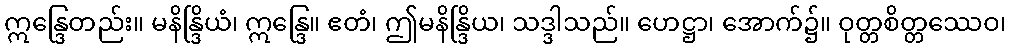
ဣန္ဒြေတည်း။ မနိန္ဒြိယံ၊ ဣန္ဒြေ။ ဧတံ၊ ဤမနိန္ဒြိယ၊ သဒ္ဒါသည်။ ဟေဋ္ဌာ၊ အောက်၌။ ဝုတ္တစိတ္တဿေဝ၊